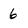
Character: 6